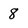
Character: 8